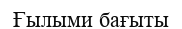
Ғылыми бағыты